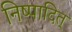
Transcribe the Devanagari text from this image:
निष्पादित्